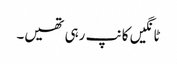
ٹانگیں کانپ رہی تھیں۔